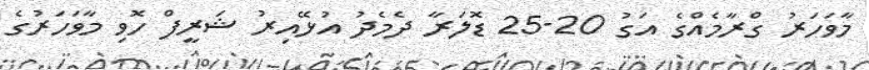
މާވަހަރު ގްރާމެއްގެ އަގު 20-25 ޑޮލަރާ ދެމެދު އުޅޭއިރު ޝަރީފް ހޮވި މާވަހަރުގެ